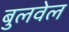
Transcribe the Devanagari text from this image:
बुलवेल